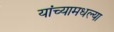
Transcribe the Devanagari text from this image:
यांच्यामधल्या